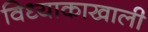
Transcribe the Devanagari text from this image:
विध्याकाखाली